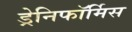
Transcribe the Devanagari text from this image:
ड्रेनिफॉर्मिस